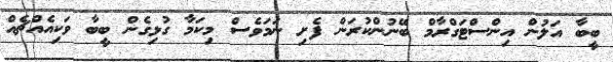
ބީބާ އަލުން އިންސްޓަގްރާމް ބޭނުންކުރަން ފެށި ނަމަވެސް މިކަމާ ގުޅިގެން ބީބާ ވަކިއެއްޗެއް